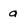
Character: a